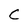
Character: C